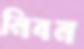
নিবন